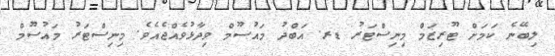
ލިބޭނެ ކަމަށް ޓޫރިޒަމް މިނިސްޓަރު ޑރ. އަބްދު މައުސޫމް ވިދާޅުވެއްޖެއެވެ. މިނިސްޓަރު މައުސޫމް